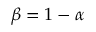
\beta = 1 - \alpha